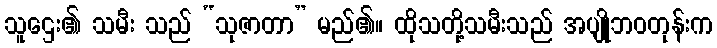
သူဌေး၏ သမီး သည် “သုဇာတာ” မည်၏။ ထိုသတို့သမီးသည် အပျိုဘဝတုန်းက